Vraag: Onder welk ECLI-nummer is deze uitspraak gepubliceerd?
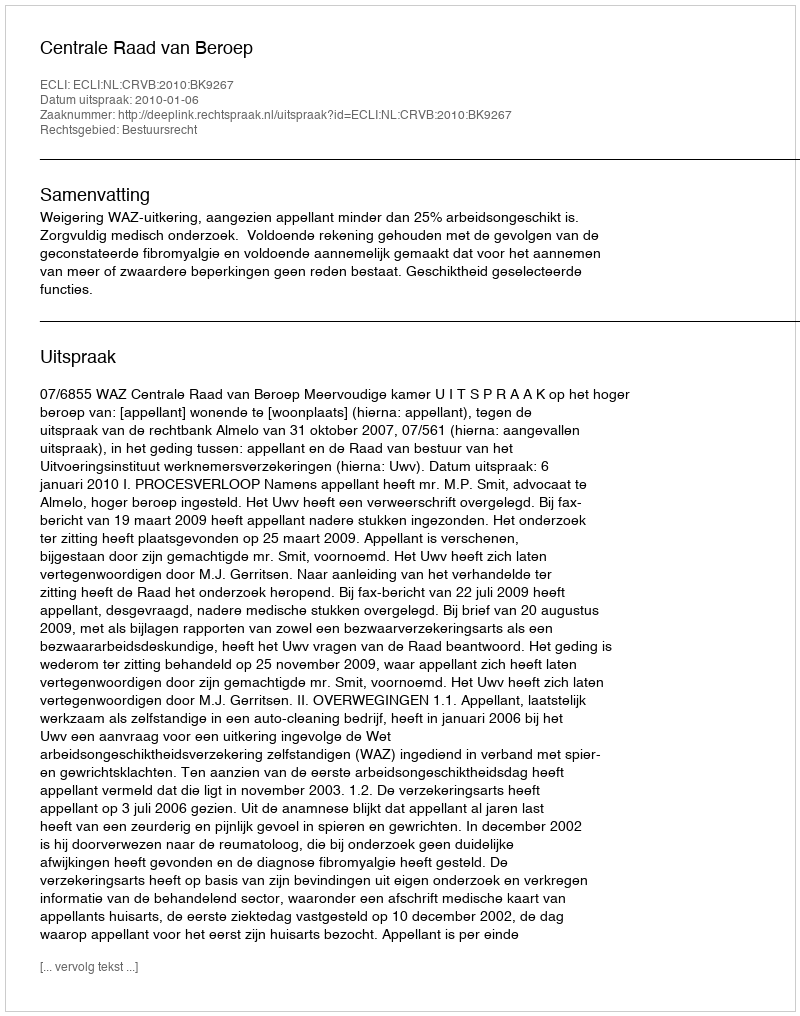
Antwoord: ECLI:NL:CRVB:2010:BK9267